Indian journal of veterinary science and animal husbandry - Volumes 22-23, 1952-1953
Year: 1952
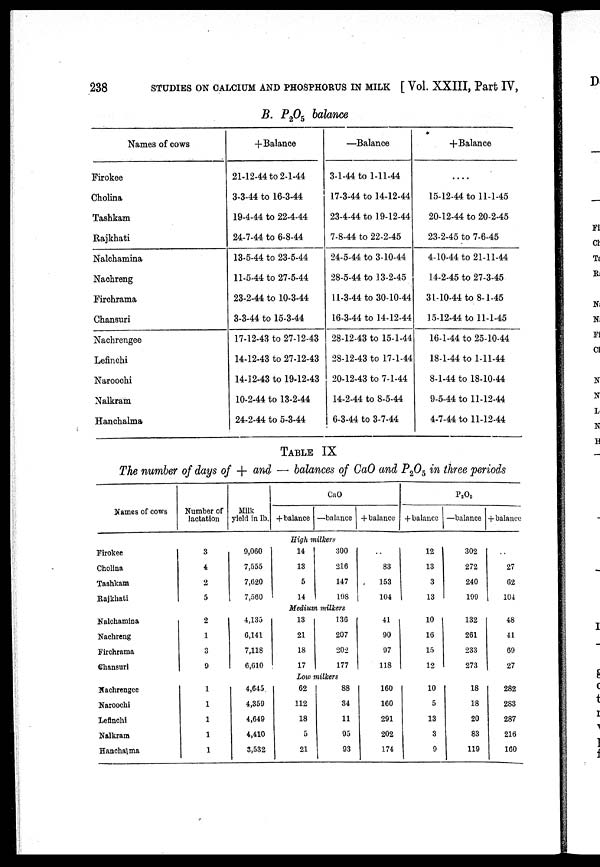
238 STUDIES ON CALCIUM AND PHOSPHORUS IN MILK [ Vol. XXIII, Part IV,
Names of cows
Firokee
Cholina
Tashkam
Rajkhati
Nalchamina
Nachreng
Firchrama
Chansuri
Nachrengee
Lefinchi
Naroochi
Nalkram
Hanchalma
B. P 2 O 5 balance
+Balance
21-12-44 to 2-1-44
3-3-44 to 16-3-44
19-4-44 to 22-4-44
24-7-44 to 6-8-44
13-5-44 to 23-5-44
11-5-44 to 27-5-44
23-2-44 to 10-3-44
3-3-44 to 15-3-44
17-12-43 to 27-12-43
14-12-43 to 27-12-43
14-12-43 to 19-12-43
10-2-44 to 13-2-44
24-2-44 to 5-3-44
—Balance
3-1-44 to 1-11-44
17-3-44 to 14-12-44
23-4-44 to 19-12-44
7-8-44 to 22-2-45
24-5-44 to 3-10-44
28-5-44 to 13-2-45
11-3-44 to 30-10-44
16-3-44 to 14-12-44
28-12-43 to 15-1-44
28-12-43 to 17-1-44
20-12-43 to 7-1-44
14-2-44 to 8-5-44
6-3-44 to 3-7-44
+Balance
....
15-12-44 to 11-1-45
20-12-44 to 20-2-45
23-2-45 to 7-6-45
4-10-44 to 21-11-44
14-2-45 to 27-3-45
31-10-44 to 8-1-45
15-12-44 to 11-1-45
16-1-44 to 25-10-44
18-1-44 to 1-11-44
8-1-44 to 18-10-44
9-5-44 to 11-12-44
4-7-44 to 11-12-44
TABLE IX
The number of days of + and — balances of CaO and P 2 O 5 in three periods
Names of cows
Firokee
Cholina
Tashkam
Rajkhati
Nalchamina
Nachreng
Firchrama
Chansuri
Nachrengee
Naroochi
Lefinchi
Nalkram
Hanchalma
Number of
lactation
3
4
2
5
2
1
3
9
1
1
1
1
1
Milk
yield in lb.
9,060
7,555
7,620
7,560
4,135
6,141
7,118
6,010
4,645
4,359
4,649
4,410
3,532
+balance
CaO
—balance
High milkers
14
13
5
14
300
216
147
198
Medium milkers
13
21
18
17
130
207
202
177
Low milkers
62
112
18
5
21
88
34
11
95
93
+balance
..
83
153
104
41
90
97
118
160
160
291
202
174
+balance
12
13
3
13
10
16
15
12
10
5
13
3
9
P 2 O 5
—balance
302
272
240
199
132
261
233
273
18
18
20
83
119
+balance
..
27
62
104
48
41
69
27
282
283
287
216
160